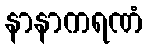
နာနာကရဏံ